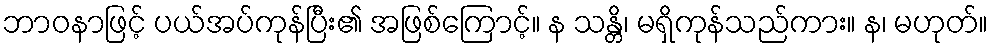
ဘာဝနာဖြင့် ပယ်အပ်ကုန်ပြီး၏ အဖြစ်ကြောင့်။ န သန္တိ၊ မရှိကုန်သည်ကား။ န၊ မဟုတ်။